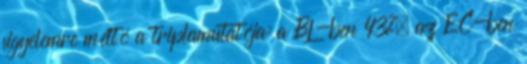
figyelemre méltó a triplamutatója: a BL-ben 43%, az EC-ben